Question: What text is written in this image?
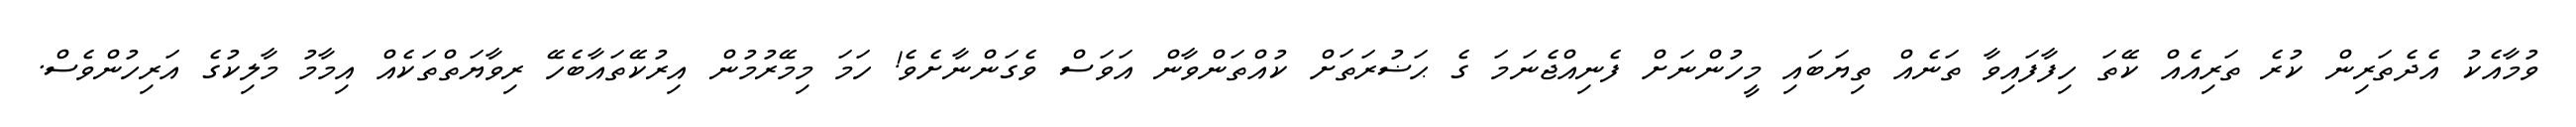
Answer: ވުމާއެކު އެދެތަރިން ކުރެ ތަރިއެއް ކޭތަ ހިފާފައިވާ ތަނެއް ތިޔަބައި މީހުންނަށް ފެނިއްޖެނަމަ ގެ ޙަޟުރަތަށް ކުއްތަންވާން އަވަސް ވެގަންނާށެވެ! ހަމަ މިމޭރުމުން އިރުކޭތައާބެހޭ ރިވާޔަތްތަކެއް އިމާމު މާލިކުގެ އަރިހުންވެސް.